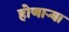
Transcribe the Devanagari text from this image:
होणार्‍या